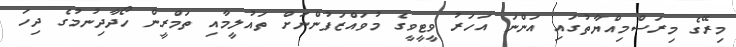
މިރޭގެ މިރަސްމިއްޔާތުގައި އަންނަ އަހަރު ވީޓީވީގެ މުވައްޒަފުންނަށް ތައުލީމާއި ތަމްރީން ހޯދާދިނުމުގެ ދިހަ